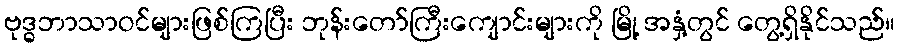
ဗုဒ္ဓဘာသာဝင်များဖြစ်ကြပြီး ဘုန်းတော်ကြီးကျောင်းများကို မြို့ အနှံ့တွင် တွေ့ရှိနိုင်သည်။